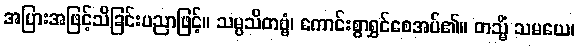
အပြားအဖြင့်သိခြင်းပညာဖြင့်။ သမ္ပသိတဗ္ဗံ၊ ကောင်းစွာရွှင်စေအပ်၏။ တသ္မိံ သမယေ၊